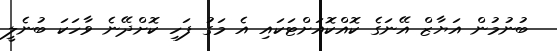
ބުނުމުން އަޔާޒް އޭނަގެ ކޮއްކޮއަށްޓަކައި އެ މަގު ފަހި ކޮށްދޭނެ ވާހަކަ ބުނެލީ